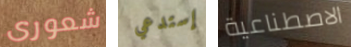
شعورى إستدعي الاصطناعية